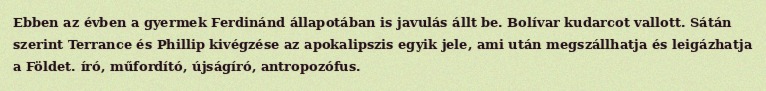
Ebben az évben a gyermek Ferdinánd állapotában is javulás állt be. Bolívar kudarcot vallott. Sátán szerint Terrance és Phillip kivégzése az apokalipszis egyik jele, ami után megszállhatja és leigázhatja a Földet. író, műfordító, újságíró, antropozófus.